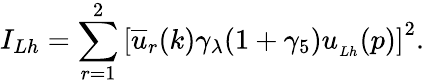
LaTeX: I_{Lh}=\sum_{r=1}^{2}\left[\overline{{{u}}}_{r}(k)\gamma_{\lambda}(1+\gamma_{5})u_{_{Lh}}(p)\right]^{2}.